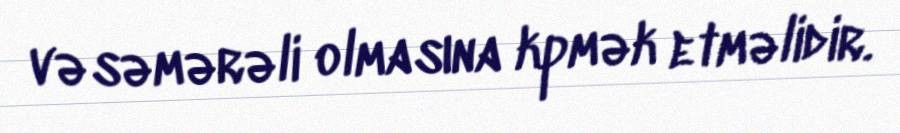
və səmərəli olmasına kpmək etməlidir.